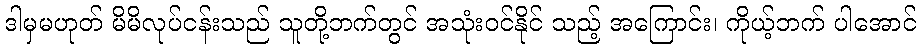
ဒါမှမဟုတ် မိမိလုပ်ငန်းသည် သူတို့ဘက်တွင် အသုံးဝင်နိုင် သည့် အကြောင်း၊ ကိုယ့်ဘက် ပါအောင်